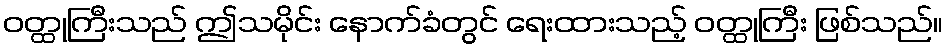
ဝတ္ထုကြီးသည် ဤသမိုင်း နောက်ခံတွင် ရေးထားသည့် ဝတ္ထုကြီး ဖြစ်သည်။